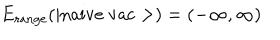
\mathrm { E _ { r a n g e } ( | n a i v e \ v a c > ) } = ( - \infty , \infty )